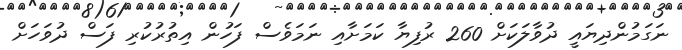
ނަގަމުންދިޔައީ ދުވާލަކަށް 260 ރުފިޔާ ކަމަށާއި ނަމަވެސް ފަހުން އިތުރުކުރި ފަސް ދުވަހަށް